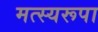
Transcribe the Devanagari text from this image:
मत्स्यरूपा